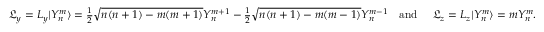
\begin{array} { r } { \mathfrak { L } _ { y } = L _ { y } | Y _ { n } ^ { m } \rangle = \frac { 1 } { 2 } \sqrt { n ( n + 1 ) - m ( m + 1 ) } Y _ { n } ^ { m + 1 } - \frac { 1 } { 2 } \sqrt { n ( n + 1 ) - m ( m - 1 ) } Y _ { n } ^ { m - 1 } \quad \mathrm { a n d \ } \quad \mathfrak { L } _ { z } = L _ { z } | Y _ { n } ^ { m } \rangle = m Y _ { n } ^ { m } . } \end{array}